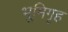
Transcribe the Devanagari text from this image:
भूमिगृह